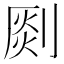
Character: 㓹